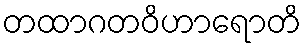
တထာဂတဝိဟာရောတိ